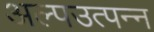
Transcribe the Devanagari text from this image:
अल्पउत्पन्न